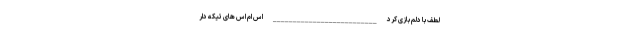
لطف با دلم بازی کرد __________________________ اس ام اس های تیکه دار